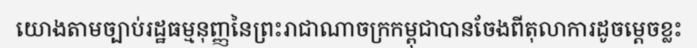
យោងតាមច្បាប់រដ្ឋធម្មនុញ្ញនៃព្រះរាជាណាចក្រកម្ពុជាបានចែងពីតុលាការដូចម្តេចខ្លះ